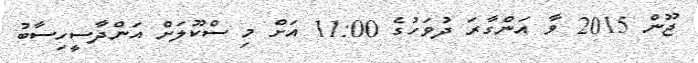
ޖޫން 2015 ވާ އަންގާރަ ދުވަހުގެ 11:00 އަށް މި ސްކޫލަށް އަންދާސީހިސާބު